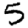
Digit: 5